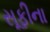
સૂફીના